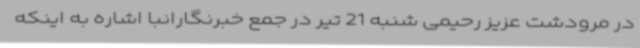
در مرودشت عزیز رحیمی شنبه 21 تیر در جمع خبرنگارانبا اشاره به اینکه